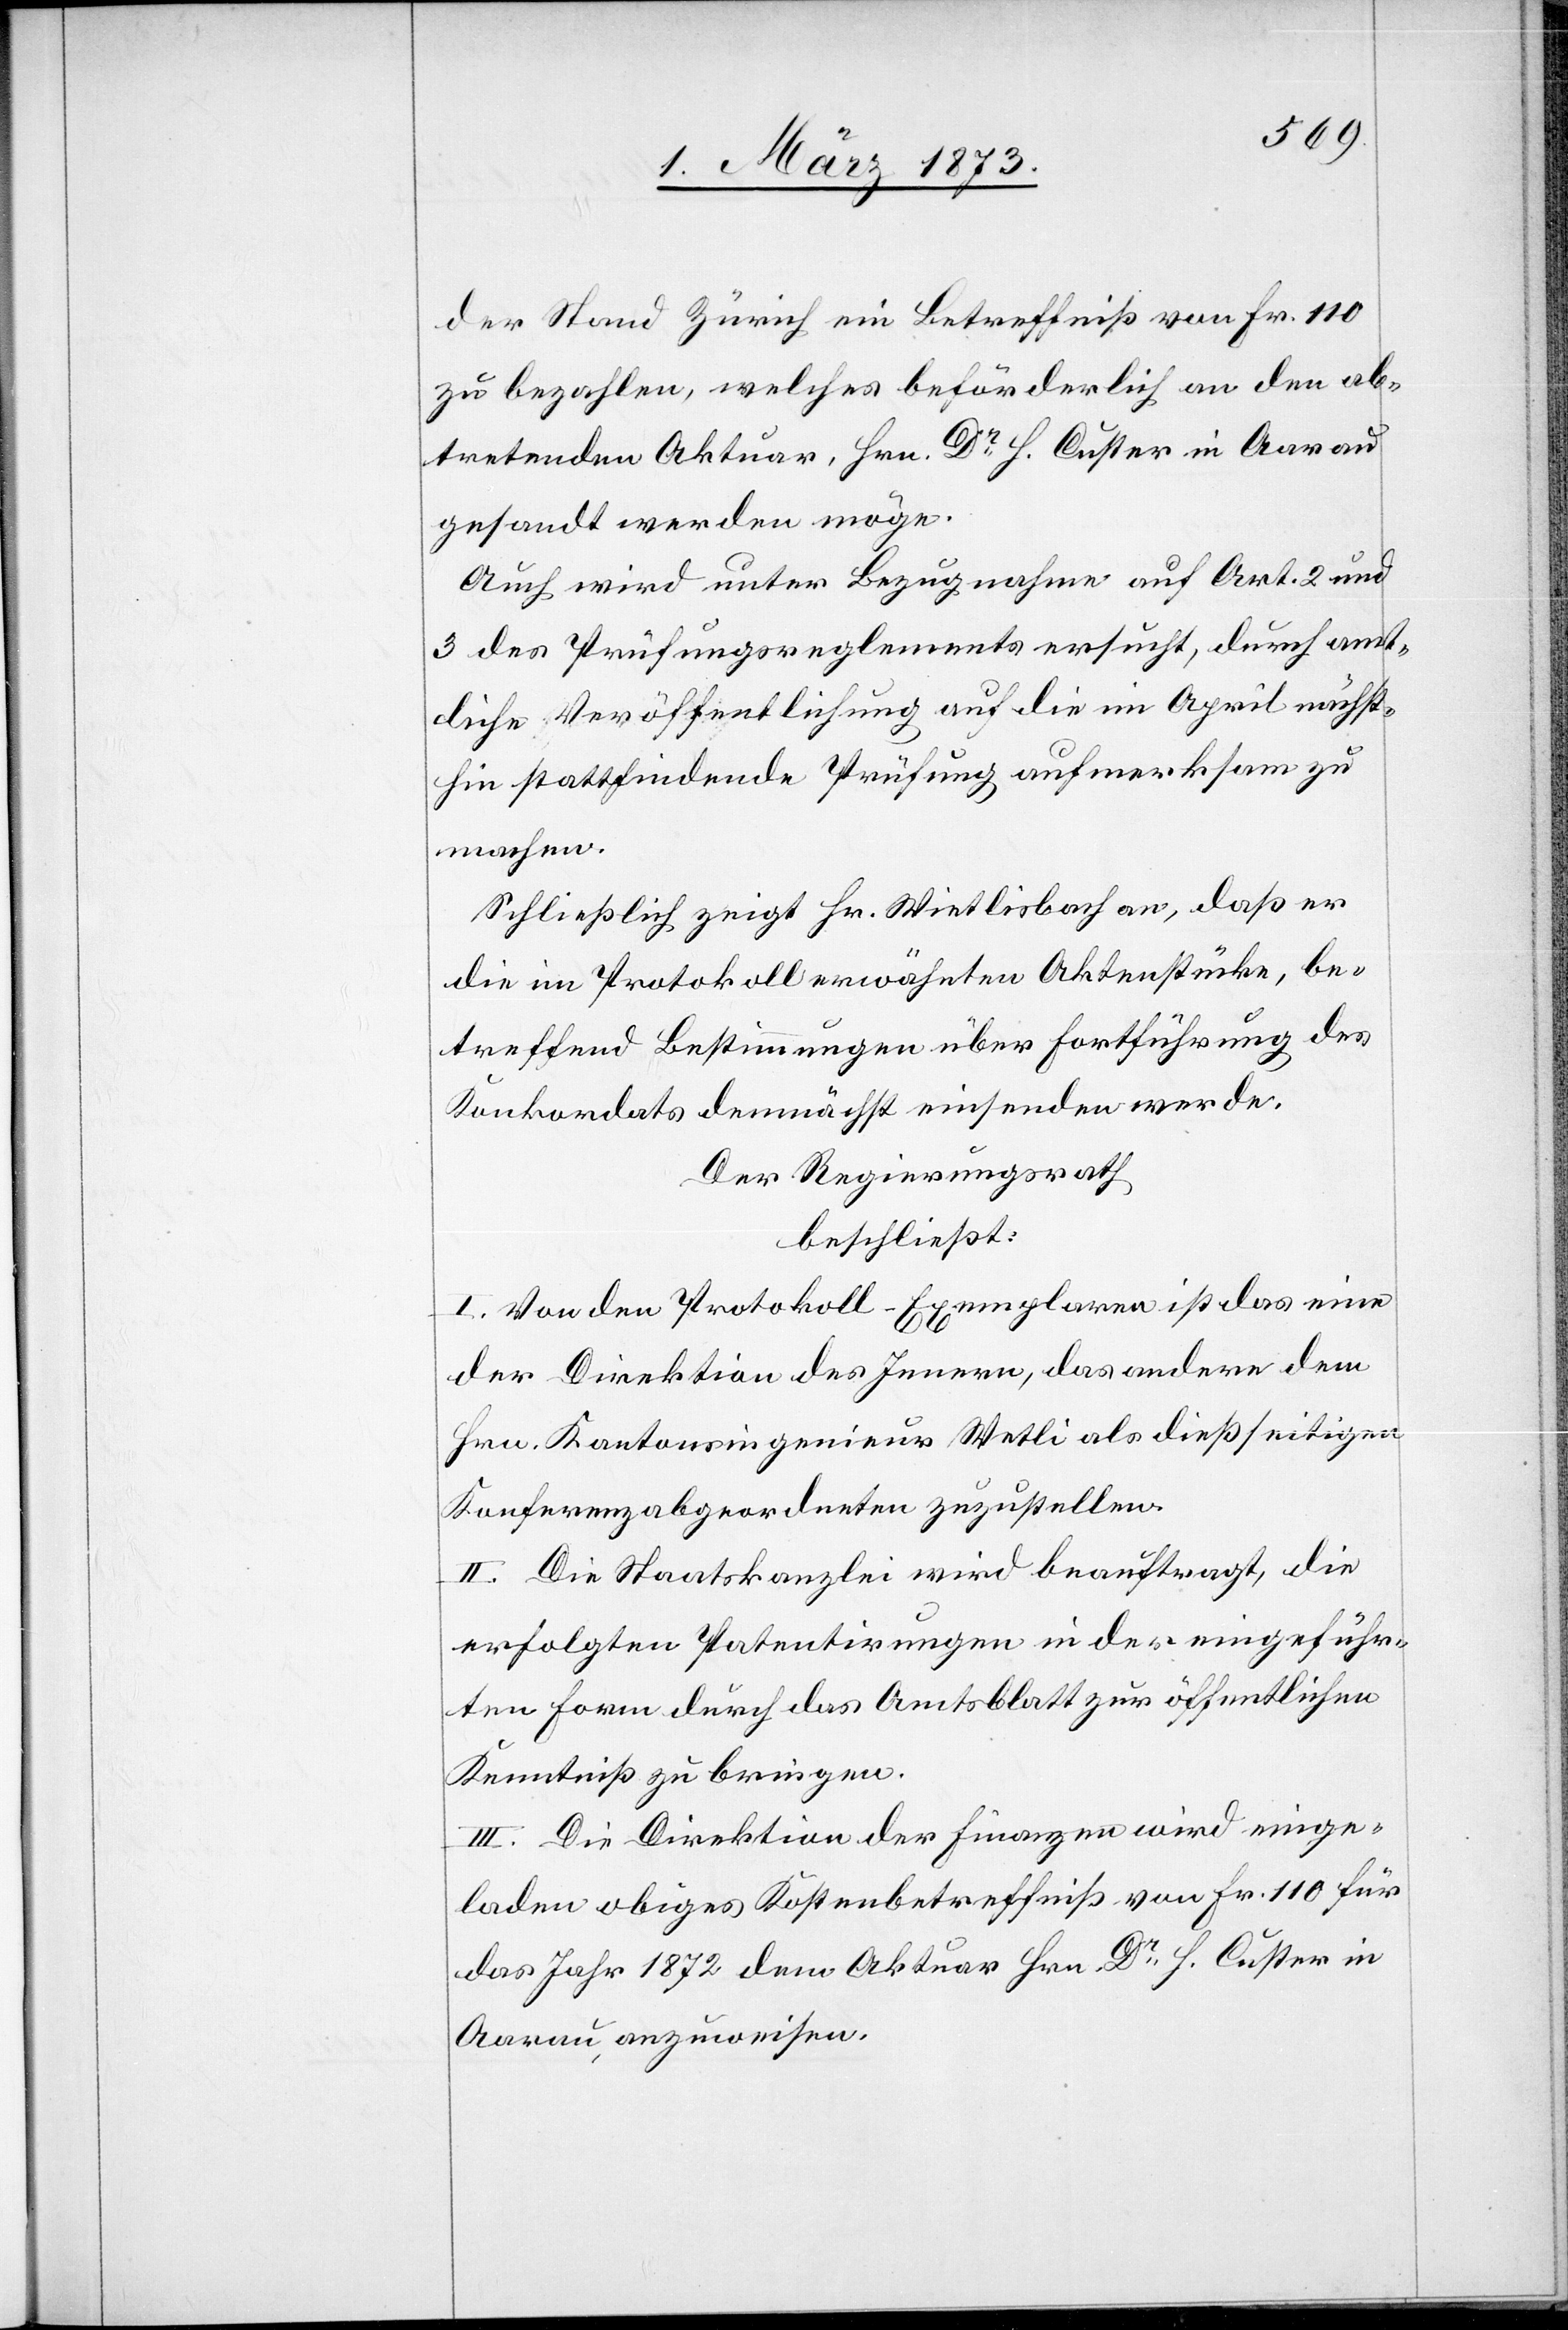
der Stand Zürich ein Betreffniß von Fr. 110
zu bezahlen, welches beförderlich an den ab¬
tretenden Aktuar, Hrn. Dr H. Custer in Aarau
gesandt werden möge.
Auch wird unter Bezugnahme auf Art. 2 und
3 des Prüfungsreglements ersucht, durch amt¬
liche Veröffentlichung auf die im April nächst¬
hin stattfindende Prüfung aufmerksam zu
machen.
Schließlich zeigt Hr. Wietlisbach an, daß er
die im Protokoll erwähnten Aktenstücke, be¬
treffend Bestimmungen über Fortführung des
Konkordats demnächst einsenden werde.
Der Regierungsrath
beschließt:
I. Von den Protokoll-Exemplaren ist das eine
der Direktion des Innern, das andere dem
Hrn. Kantonsingenieur Wetli als dießseitigen
Konferenzabgeordneten zuzustellen.
II. Die Staatskanzlei wird beauftragt, die
erfolgten Patentirungen in der eingeführ¬
ten Form durch das Amtsblatt zur öffentlichen
Kenntniß zu bringen.
III. Die Direktion der Finanzen wir einge¬
laden obiges Kostenbetreffniß von Fr. 110 für
das Jahr 1872 dem Aktuar Hrn. Dr H. Custer in
Aarau, anzuweisen.